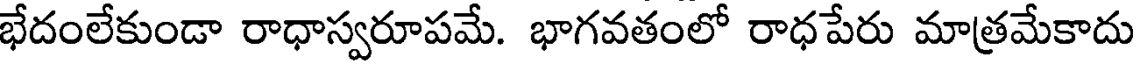
భేదంలేకుండా రాధాస్వరూపమే. భాగవతంలో రాధపేరు మాత్రమేకాదు